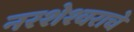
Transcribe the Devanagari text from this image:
नरशेश्‍वराचे